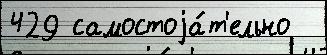
429 самостоjа́т'ельно